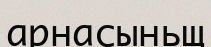
арнасыньщ